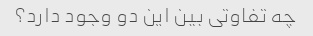
چه تفاوتی بین این دو وجود دارد؟